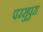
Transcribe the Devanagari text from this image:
परसुपुरा